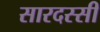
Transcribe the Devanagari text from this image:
सारदस्सी